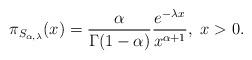
LaTeX: \begin{align*} \pi_{S_{\alpha, \lambda}}(x) = \frac{\alpha}{\Gamma(1-\alpha)}\frac{e^{-\lambda x}}{x^{\alpha+1}}, ~x>0.\end{align*}